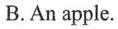
B.An apple.